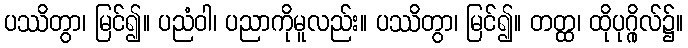
ပဿိတွာ၊ မြင်၍။ ပညံဝါ၊ ပညာကိုမူလည်း။ ပဿိတွာ၊ မြင်၍။ တတ္ထ၊ ထိုပုဂ္ဂိုလ်၌။